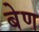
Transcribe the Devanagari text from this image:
बेण